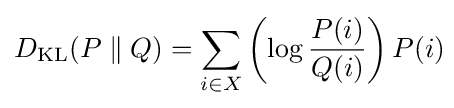
D_{\mathrm {KL} }(P\parallel Q)=\sum _{i\in X}\left(\log {\frac {P(i)}{Q(i)}}\right)P(i)\!